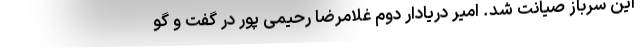
این سرباز صیانت شد. امیر دریادار دوم غلامرضا رحیمی پور در گفت و گو